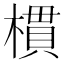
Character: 樌